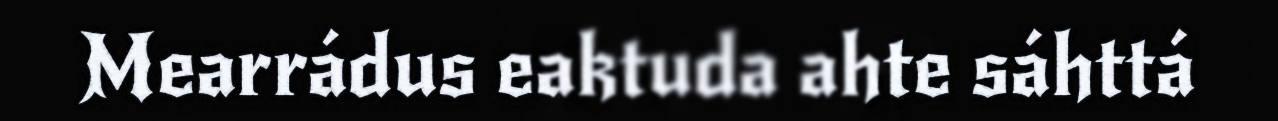
Mearrádus eaktuda ahte sáhttá